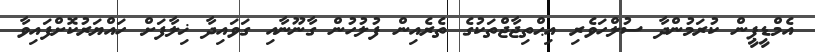
އެމްޑީޕީން ކުރަމުންދާ ސުލްހަވެރި އިޙްތިޖާޖްތަކުގެ ތެރެއިން ފުލުހުން ގާނޫނާއި ގަވައިދާ ޚިލާފަށް ހައްޔަރުކޮށްފައިވާ